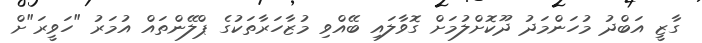
ގާޒީ އަބްދު މުހަންމަދު ދޫކޮށްލުމަށް ގޮވާލައި ބޭއްވި މުޒާހަރާތަކުގެ ޕްލޭންތައް އުމަރު "ހަވީރަ"ށް